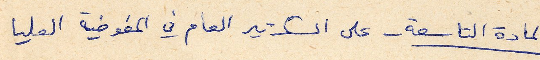
المادة التاسعة - على السكرتير العام في المفوضية العليا